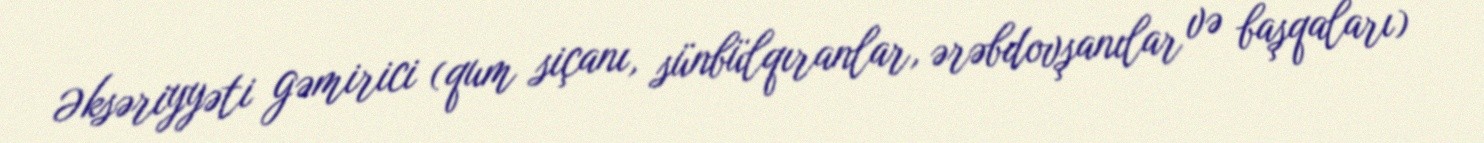
Əksəriyyəti gəmirici (qum siçanı, sünbülqıranlar, ərəbdovşanılar və başqaları)